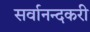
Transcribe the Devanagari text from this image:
सर्वानन्दकरी